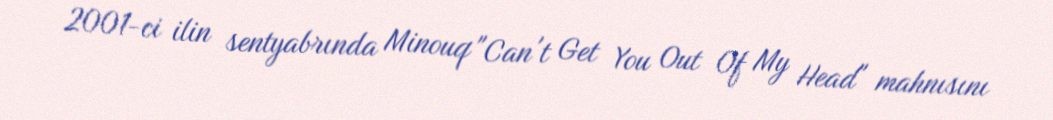
2001-ci ilin sentyabrında Minouq "Can't Get You Out Of My Head" mahnısını